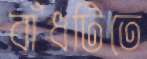
বাঁধটিতে